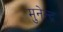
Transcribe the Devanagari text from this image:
मुनेन्द्र